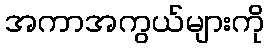
အကာအကွယ်များကို